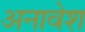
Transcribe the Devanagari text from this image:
अनावेश